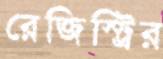
রেজিস্ট্রির